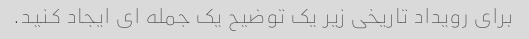
برای رویداد تاریخی زیر یک توضیح یک جمله ای ایجاد کنید.